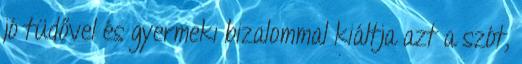
jó tüdővel és gyermeki bizalommal kiáltja azt a szót,